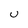
Character: U